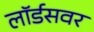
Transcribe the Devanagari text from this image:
लॉर्डसवर